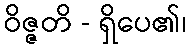
ဝိဇ္ဇတိ - ရှိပေ၏၊